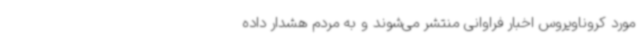
مورد کروناویروس اخبار فراوانی منتشر می‌شوند و به مردم هشدار داده